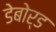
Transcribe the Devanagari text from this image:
डेबोर्ड